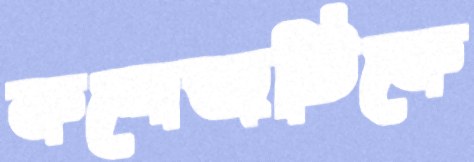
কলেজটিকে